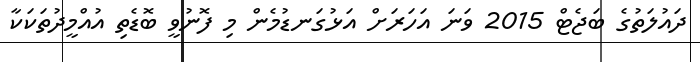
ދައުލަތުގެ ބަޖެޓް 2015 ވަނަ އަހަރަށް އަޅުގަނޑުމެން މި ފޮނުވީ ބޮޑެތި އުއްމީދުތަކަކާ